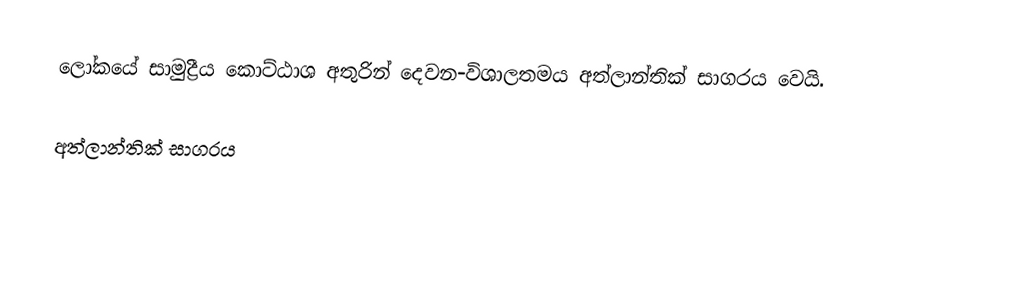
ලෝකයේ සාමුද්‍රීය කොට්ඨාශ අතුරින් දෙවන-විශාලතමය අත්ලාන්තික් සාගරය වෙයි.

අත්ලාන්තික් සාගරය